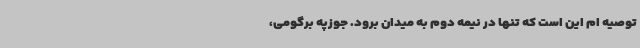
توصیه ام این است که تنها در نیمه دوم به میدان برود. جوزپه برگومی،